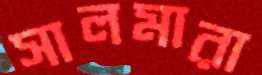
সালমারা